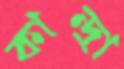
কান্দ্রা